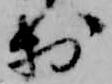
於